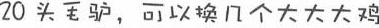
20头毛驴， 可以换几个大大大鸡